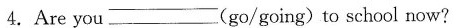
4.Are you_ (go/going)to school now?